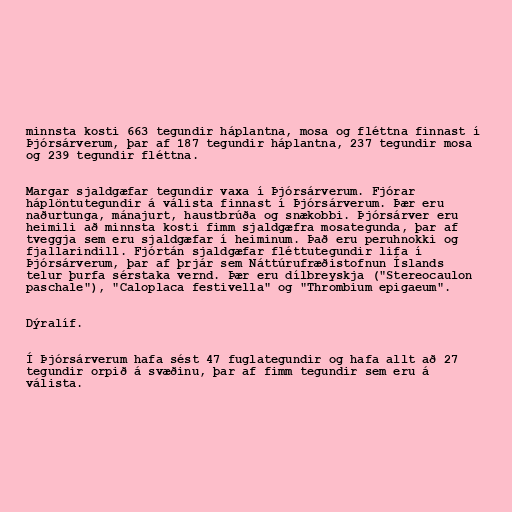
minnsta kosti 663 tegundir háplantna, mosa og fléttna finnast í
Þjórsárverum, þar af 187 tegundir háplantna, 237 tegundir mosa
og 239 tegundir fléttna.

Margar sjaldgæfar tegundir vaxa í Þjórsárverum. Fjórar
háplöntutegundir á válista finnast í Þjórsárverum. Þær eru
naðurtunga, mánajurt, haustbrúða og snækobbi. Þjórsárver eru
heimili að minnsta kosti fimm sjaldgæfra mosategunda, þar af
tveggja sem eru sjaldgæfar í heiminum. Það eru peruhnokki og
fjallarindill. Fjórtán sjaldgæfar fléttutegundir lifa í
Þjórsárverum, þar af þrjár sem Náttúrufræðistofnun Íslands
telur þurfa sérstaka vernd. Þær eru dílbreyskja ("Stereocaulon
paschale"), "Caloplaca festivella" og "Thrombium epigaeum".

Dýralíf.

Í Þjórsárverum hafa sést 47 fuglategundir og hafa allt að 27
tegundir orpið á svæðinu, þar af fimm tegundir sem eru á
válista.